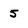
Character: 5